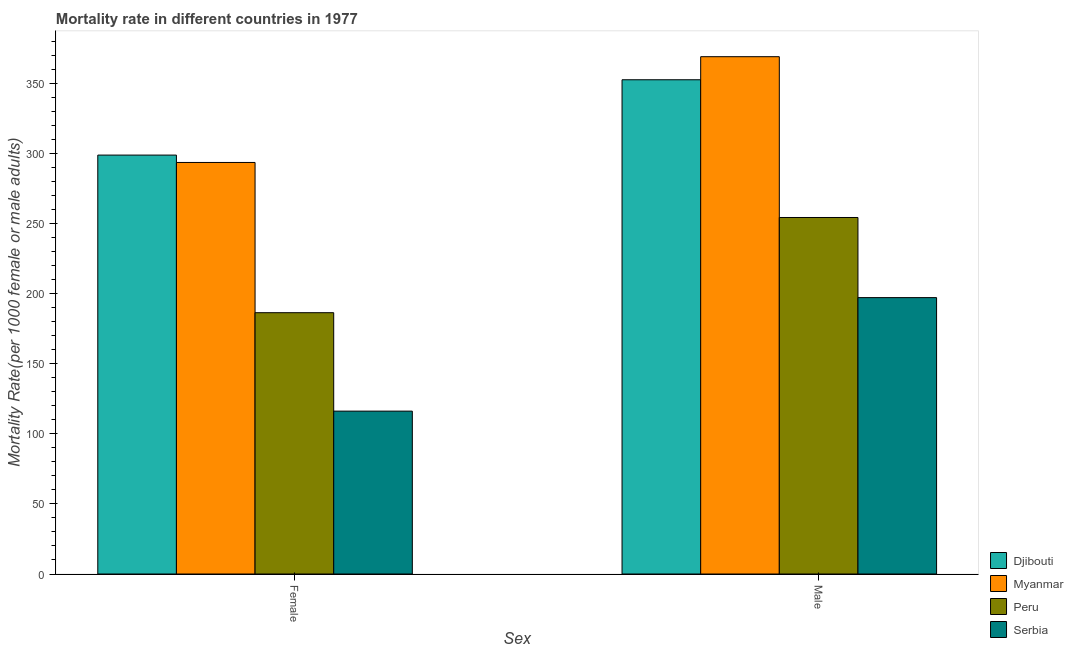
| Sex | Djibouti | Myanmar | Peru | Serbia |
 | --- | --- | --- | --- | --- |
 | Female | 299 | 294 | 187 | 116 |
 | Male | 353 | 369 | 255 | 197 |